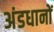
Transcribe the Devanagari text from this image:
अंडधानों